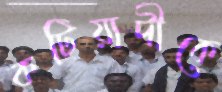
কটিয়াদীকে